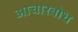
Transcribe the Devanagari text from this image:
आचारबोध